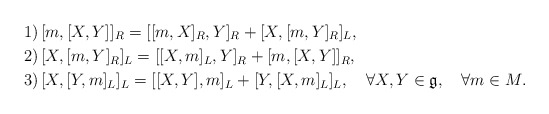
\begin{align*}& 1)\,[m,[X,Y]]_{R}=[[m,X]_{R},Y]_{R}+[X,[m,Y]_{R}]_{L},\\& 2)\,[X,[m,Y]_{R}]_{L}=[[X,m]_{L},Y]_{R}+[m,[X,Y]]_{R},\\& 3)\,[X,[Y,m]_{L}]_{L}=[[X,Y],m]_{L}+[Y,[X,m]_{L}]_{L},\quad\forall X,Y\in \mathfrak{g},\quad\forall m\in M.\end{align*}